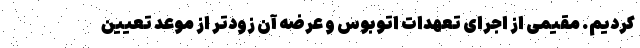
کردیم. مقیمی از اجرای تعهدات اتوبوس و عرضه آن زودتر از موعد تعیین